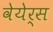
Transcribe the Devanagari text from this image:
वेयेर्स